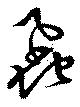
虱